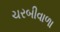
ચરબીવાળા